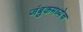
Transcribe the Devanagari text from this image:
जंबुकमध्येच